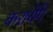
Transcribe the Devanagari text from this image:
करायेंगे